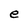
Character: e